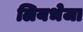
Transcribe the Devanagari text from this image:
लियभेजा